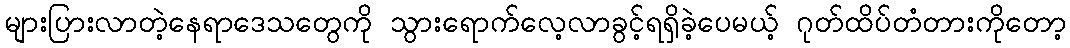
များပြားလာတဲ့နေရာဒေသတွေကို သွားရောက်လေ့လာခွင့်ရရှိခဲ့ပေမယ့် ဂုတ်ထိပ်တံတားကိုတော့